NAE_EAA_P-553_Koit_kolhoos, lk 16
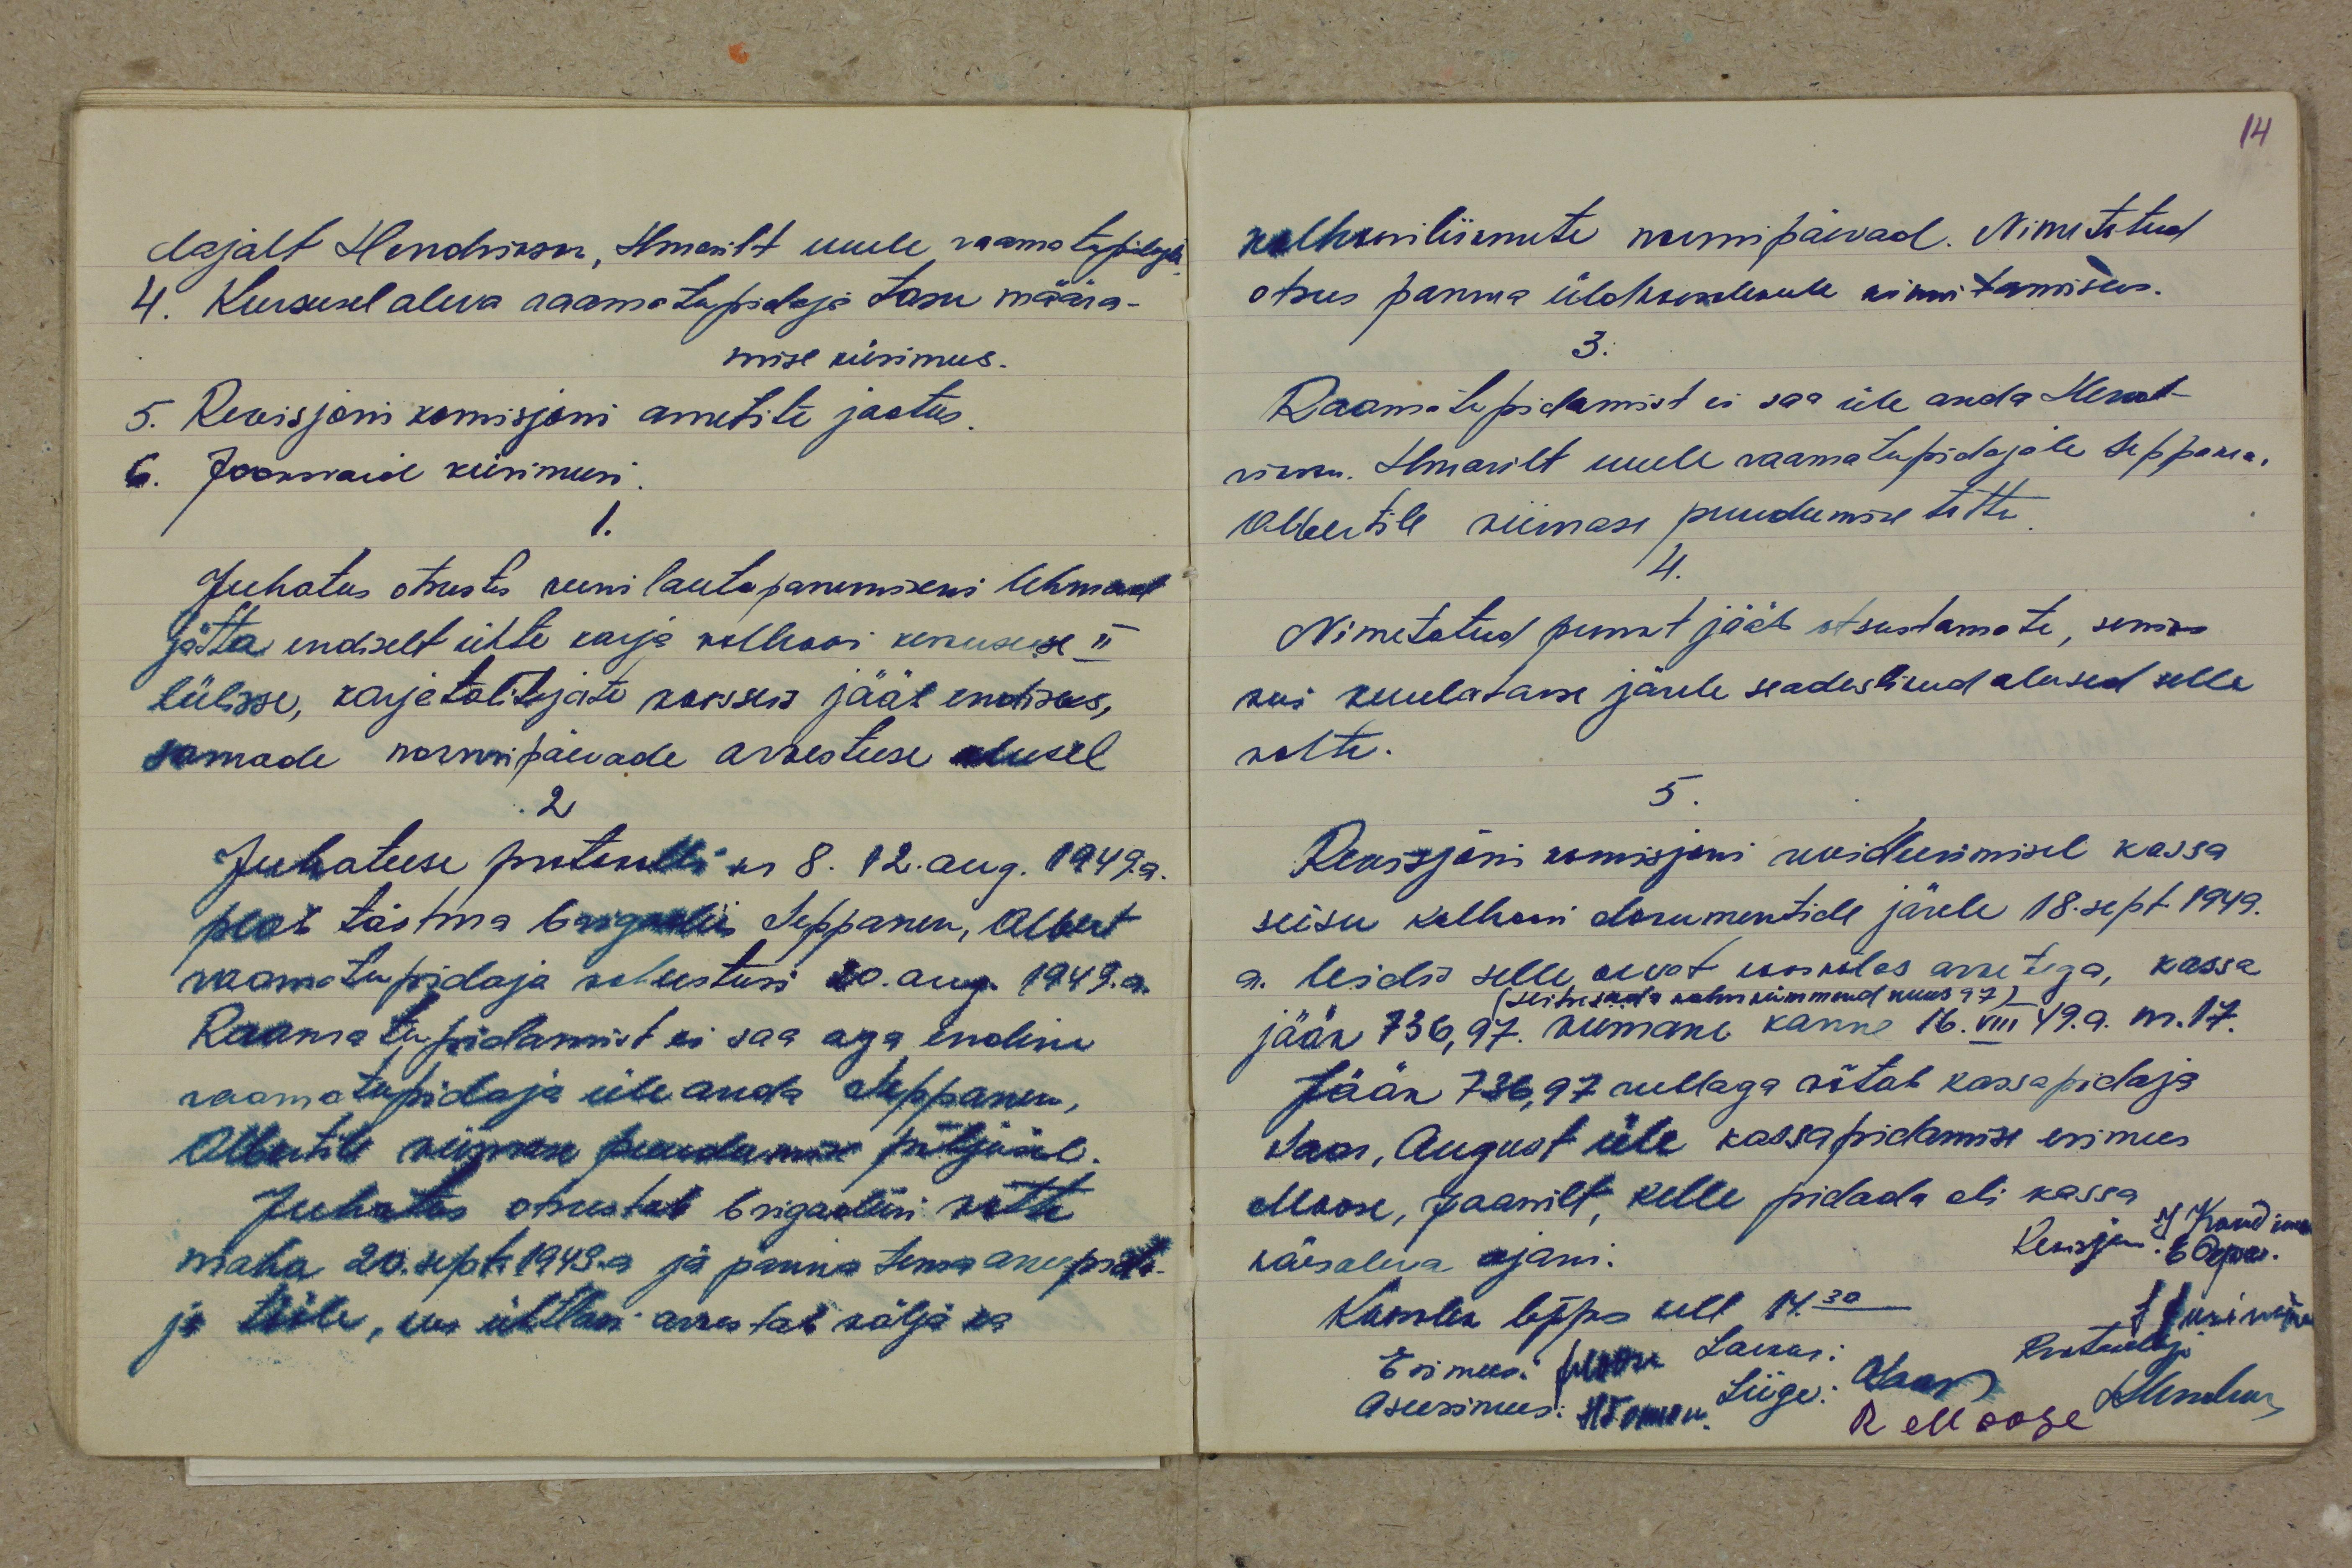
dajalt Hendrikson, Ilmarilt uuele raamatupidajale
4. Kursusel oleva raamatupidaja tasu määra-
mise küsimus.
5. Revisjoni komisjoni ametite jaotus.
ta. Jooksvaid küsimusi.
1.
Juhatus otsustas kuni lautapanemiseni lehmad
jätta endiselt ühte karja kolhoosi keskusesse II
lülisse, karjatalitajate koosseis jääb endiseks,
samade normipäevade arvestuse alusel
2
Juhatuse protokolli nr. 8. 12. aug. 1949. a.
peab täitma brigadiir Seppanen, Albert
raamatupidaja kohustusi 20. aug. 1949. a.
Raamatupidamist ei saa aga endine
raamatupidaja üle anda Seppanen,
Albertile viimase puudumise põhjusel.
Juhatus otsustab brigadiiri võtta
maha 20. sept. 1949. a ja panna tema asenda-
ja tööle, kes ühtlasi arvestab välja ka

kolhoosiliikmete normipäevad. Nimetatud
otsus panna üldkoosolekule kinnitamiseks.
3.
Raamatupidamist ei saa üle anda Hend-
rikson, Ilmarilt uuele raamatupidajate Seppanen,
Albertile viimase puudumise tõttu.
4.
Nimetatud punkt jääb otsustamata, seniks
kui kuulatakse järele seaduslikud alused selle
kohta.
5.
Revisjoni komisjoni revideerimisel kassa
seisu kolhoosi dokumentide järele 18. sept 1949.
a. leidis selle olvat kooskõlas arvetega, kassa
(seitsesada kolmkümmend kuus 97)
jääk 736,97. Viimane kanne 16. VIII 49. a. nr. 17.
Jääk 736,97 rublaga võtab kassapidaja
Saar, August üle kassapidamise esimees
Moose, Jaanilt, kelle pidada oli kassa
J. Kandimees
Revisjon E. Õepa
käesoleva ajani.
Koosolek lõppes kell 14.30
???
Protokollija
Esimees: JMoose Laekas:
Liige: OSaar
Aseesimees: HTomson
R Moose JHendrikson